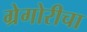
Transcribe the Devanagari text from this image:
ग्रेगोरीचा